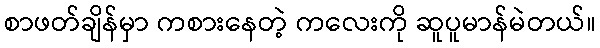
စာဖတ်ချိန်မှာ ကစားနေတဲ့ ကလေးကို ဆူပူမာန်မဲတယ်။